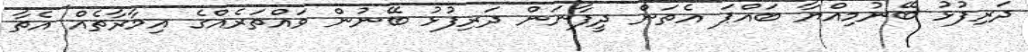
ދަރިފުޅު ބޭނުމިއްޔާ ބައްޕަ އެތަން ދީފާނަން ދަރިފުޅު ބޭނުން ވައްތަރެއްގެ އިމާރާތެއް އެތާ